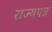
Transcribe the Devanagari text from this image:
राज्यपत्र